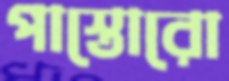
পাস্তোরো